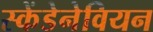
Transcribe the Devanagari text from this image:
स्केंडेनेवियन